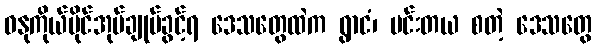
ဓနုကိုယ်ပိုင်အုပ်ချုပ်ခွင့်ရ ဒေသတွေထဲက ရွာငံ၊ ပင်းတယ စတဲ့ ဒေသတွေ